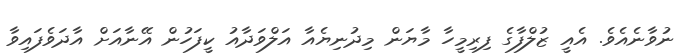
ނުވާނެއެވެ. އެއީ ޒުލްފާގެ ފިރިމީހާ މާޔަން މިދުނިޔެއާ އަލްވަދާއު ކީފަހުން އޭނާއަށް އާދަވެފައިވާ